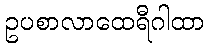
ဥပစာလာထေရီဂါထာ